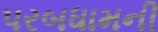
પરબધામની